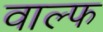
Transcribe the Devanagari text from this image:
वाल्फ